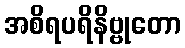
အစိရပရိနိဗ္ဗုတော